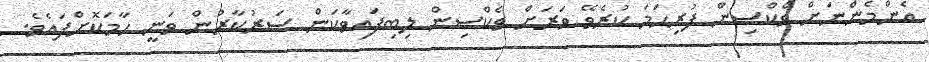
އެންމެންނަށް ވެކްސިން ފުރިހަމަ ކުރެވޭ ވަރަށް ވެކްސިން ލިބިފައިވާކަން ސަރުކާރުން ވަނީ ހާމަކޮށްފައެވެ.